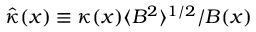
\hat { \kappa } ( \boldsymbol { x } ) \equiv \kappa ( \boldsymbol { x } ) \langle B ^ { 2 } \rangle ^ { 1 / 2 } / B ( \boldsymbol { x } )